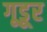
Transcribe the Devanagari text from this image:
गूडूर